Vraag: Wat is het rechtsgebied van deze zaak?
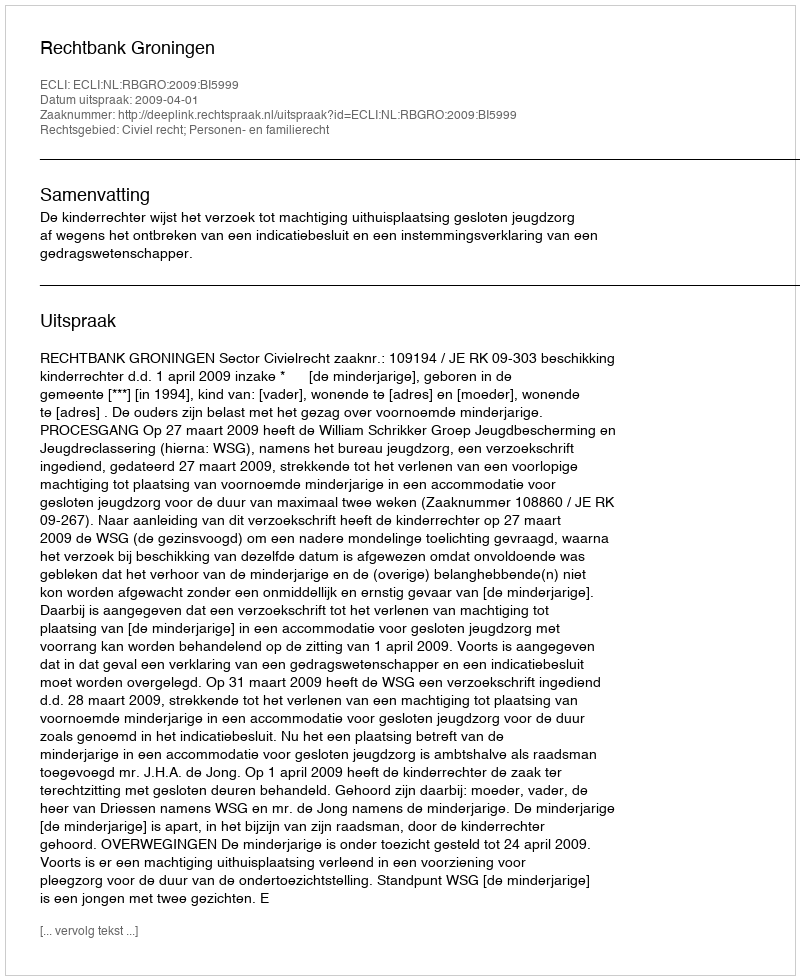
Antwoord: Civiel recht; Personen- en familierecht